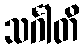
သင်္ဂါတိ